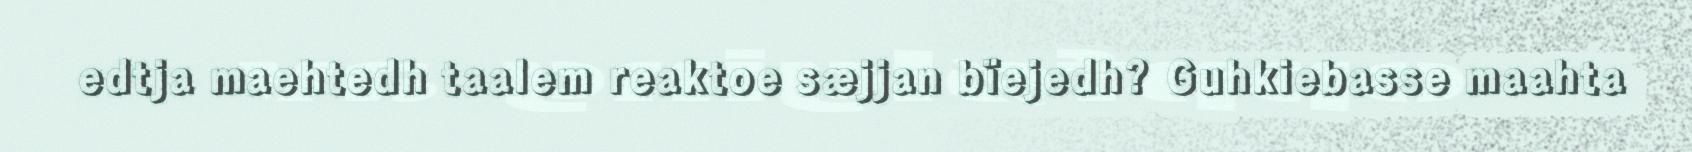
edtja maehtedh taalem reaktoe sæjjan bïejedh? Guhkiebasse maahta